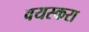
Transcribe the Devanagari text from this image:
वयस्करा